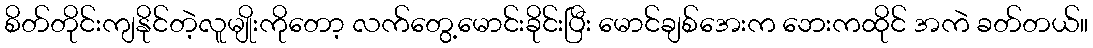
စိတ်တိုင်းကျနိုင်တဲ့လူမျိုးကိုတော့ လက်တွေ့မောင်းခိုင်းပြီး မောင်ချစ်အေးက ဘေးကထိုင် အကဲ ခတ်တယ်။